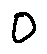
o